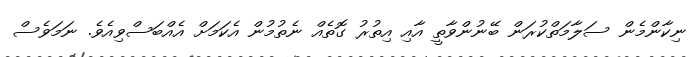
ނިކާންމެން ސަލާމަތްކުރަން ބޭނުންވާތީ އާއި އިތުރު ގޮތެއް ނެތުމުން އެކަމަށް އެއްބަސްވިއެވެ. ނަމަވެސް